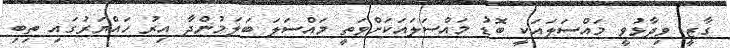
ގާޒީ ވިދާޅުވީ މައްސަލައަކީ ބޮޑު މައްސަލައަކަށްވަތީ މައްސަލަ ބަލަމުންދާ އިރު ހައްޔަރުގައި ތިބި